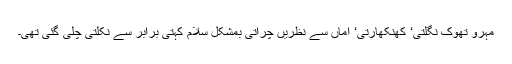
مہرو تھوک نگلتی‘ کھنکھارتی‘ اماں سے نظریں چراتی بمشکل سلام کہتی برابر سے نکلتی چلی گئی تھی۔